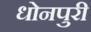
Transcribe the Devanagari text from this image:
धोनपुरी